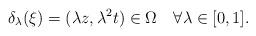
LaTeX: \begin{align*} \delta_\lambda(\xi)=(\lambda z,\lambda^2 t)\in\Omega \quad\forall\lambda\in[0,1].\end{align*}